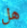
هل